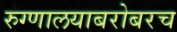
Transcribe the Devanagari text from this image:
रुग्णालयाबरोबरच